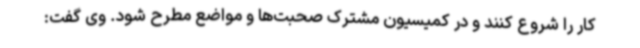
کار را شروع کنند و در کمیسیون مشترک صحبت‌ها و مواضع مطرح شود. وی گفت: